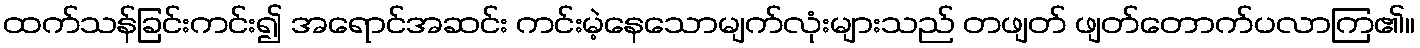
ထက်သန်ခြင်းကင်း၍ အရောင်အဆင်း ကင်းမဲ့နေသောမျက်လုံးများသည် တဖျတ် ဖျတ်တောက်ပလာကြ၏။